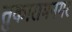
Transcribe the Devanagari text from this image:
तुकारामनगर